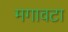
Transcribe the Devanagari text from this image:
मगावटा